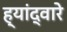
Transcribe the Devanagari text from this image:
ह्यांद्वारे